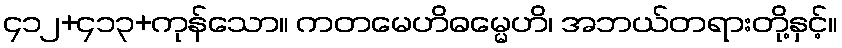
၄၁၂+၄၁၃+ကုန်သော။ ကတမေဟိဓမ္မေဟိ၊ အဘယ်တရားတို့နှင့်။